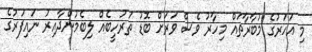
މި އަހަރުގެ މުބާރާތައް މިހާރު ވެސް ވަރަށް ބޮޑު ތަރުހީބެއް ލިބެމުންދާއިރު ނައިފަރުގެ